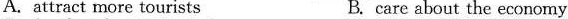
A. attract more tourists B. care about the economy